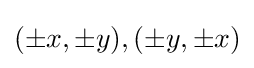
(\pm x,\pm y),(\pm y,\pm x)